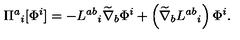
\Pi ^ { a } { } _ { i } [ \Phi ^ { i } ] = - L ^ { a b } { } _ { i } \widetilde { \nabla } _ { b } \Phi ^ { i } + \left( \widetilde { \nabla } _ { b } L ^ { a b } { } _ { i } \right) \Phi ^ { i } .